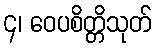
၄၊ ဝေပစိတ္တိသုတ်